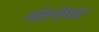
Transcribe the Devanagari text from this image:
नीलोफर